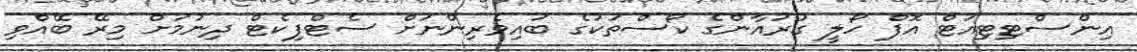
އިންސްޓިޓިއުޓް އޮފް ހޯލީ ގުރުއާންގެ ކޯސްތަކުގެ ބައިވެރިންނަށް ސެޓްފިކެޓް ދިނުމަށް މިރޭ ބޭއްވި